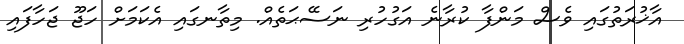
އާޚުރަތުގައި ވެސް މަންފާ ކުރާނެ އަގުހުރި ނަސޭޙަތެއް. މިތާނގައި އެކަމަށް ހަޖޫ ޖަހާފައި